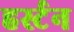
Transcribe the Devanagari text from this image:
हर्स्टन